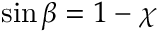
\sin \beta = 1 - \chi